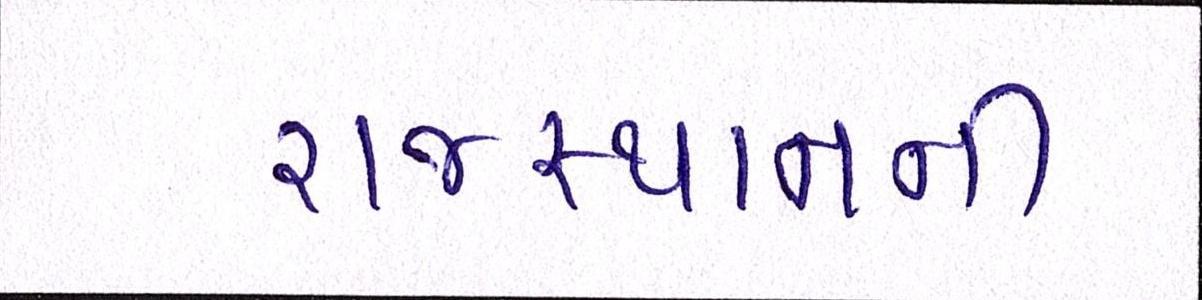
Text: રાજસ્થાનની